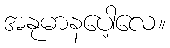
အနုမာနပေါ့လေ။